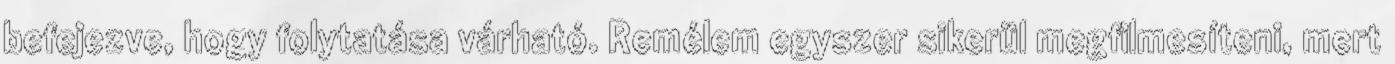
befejezve, hogy folytatása várható. Remélem egyszer sikerül megfilmesíteni, mert